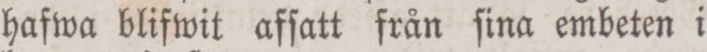
hafwa blifwit afſatt från ſina embeten i